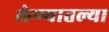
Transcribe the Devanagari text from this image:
लेण्यातल्या